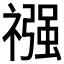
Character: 𮂏